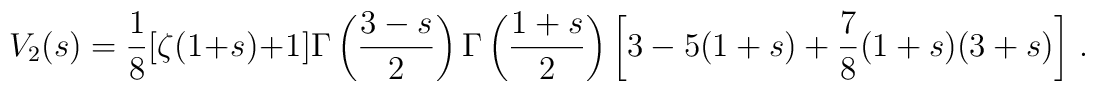
V_2(s)=\frac{1}{8}[\zeta (1+s)+1]\Gamma\left(\displaystyle{\frac{3-s}{2}}\right)  \Gamma\left(\displaystyle{\frac{1+s}{2}}\right)\left[3-5(1+s)+\frac{7}{8}(1+s)(3+s) \right]\,.